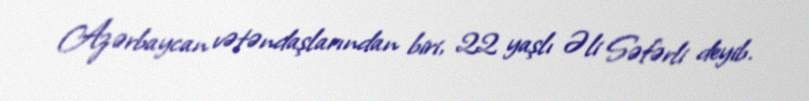
Azərbaycan vətəndaşlarından biri, 22 yaşlı Əli Səfərli deyib.